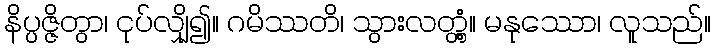
နိပ္ပဇ္ဇိတွာ၊ ငုပ်လျှို၍။ ဂမိဿတိ၊ သွားလတ္တံ့။ မနုဿော၊ လူသည်။